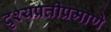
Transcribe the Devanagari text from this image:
दृश्यप्रतीप्रमाणे